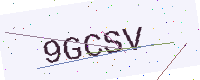
Text: 9GCSV